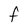
Character: f